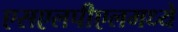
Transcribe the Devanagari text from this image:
एसएलपीएलमध्ये